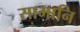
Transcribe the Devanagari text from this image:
सामानि